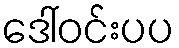
ဒေါ်ဝင်းပပ